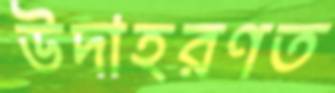
উদাহরণত